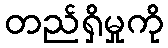
တည်ရှိမှုကို